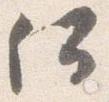
何